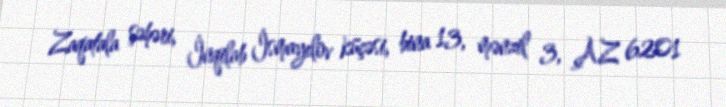
Zaqatala şəhəri, İnqilab İsmayılov küçəsi, bina 13, mənzil 3, AZ 6201